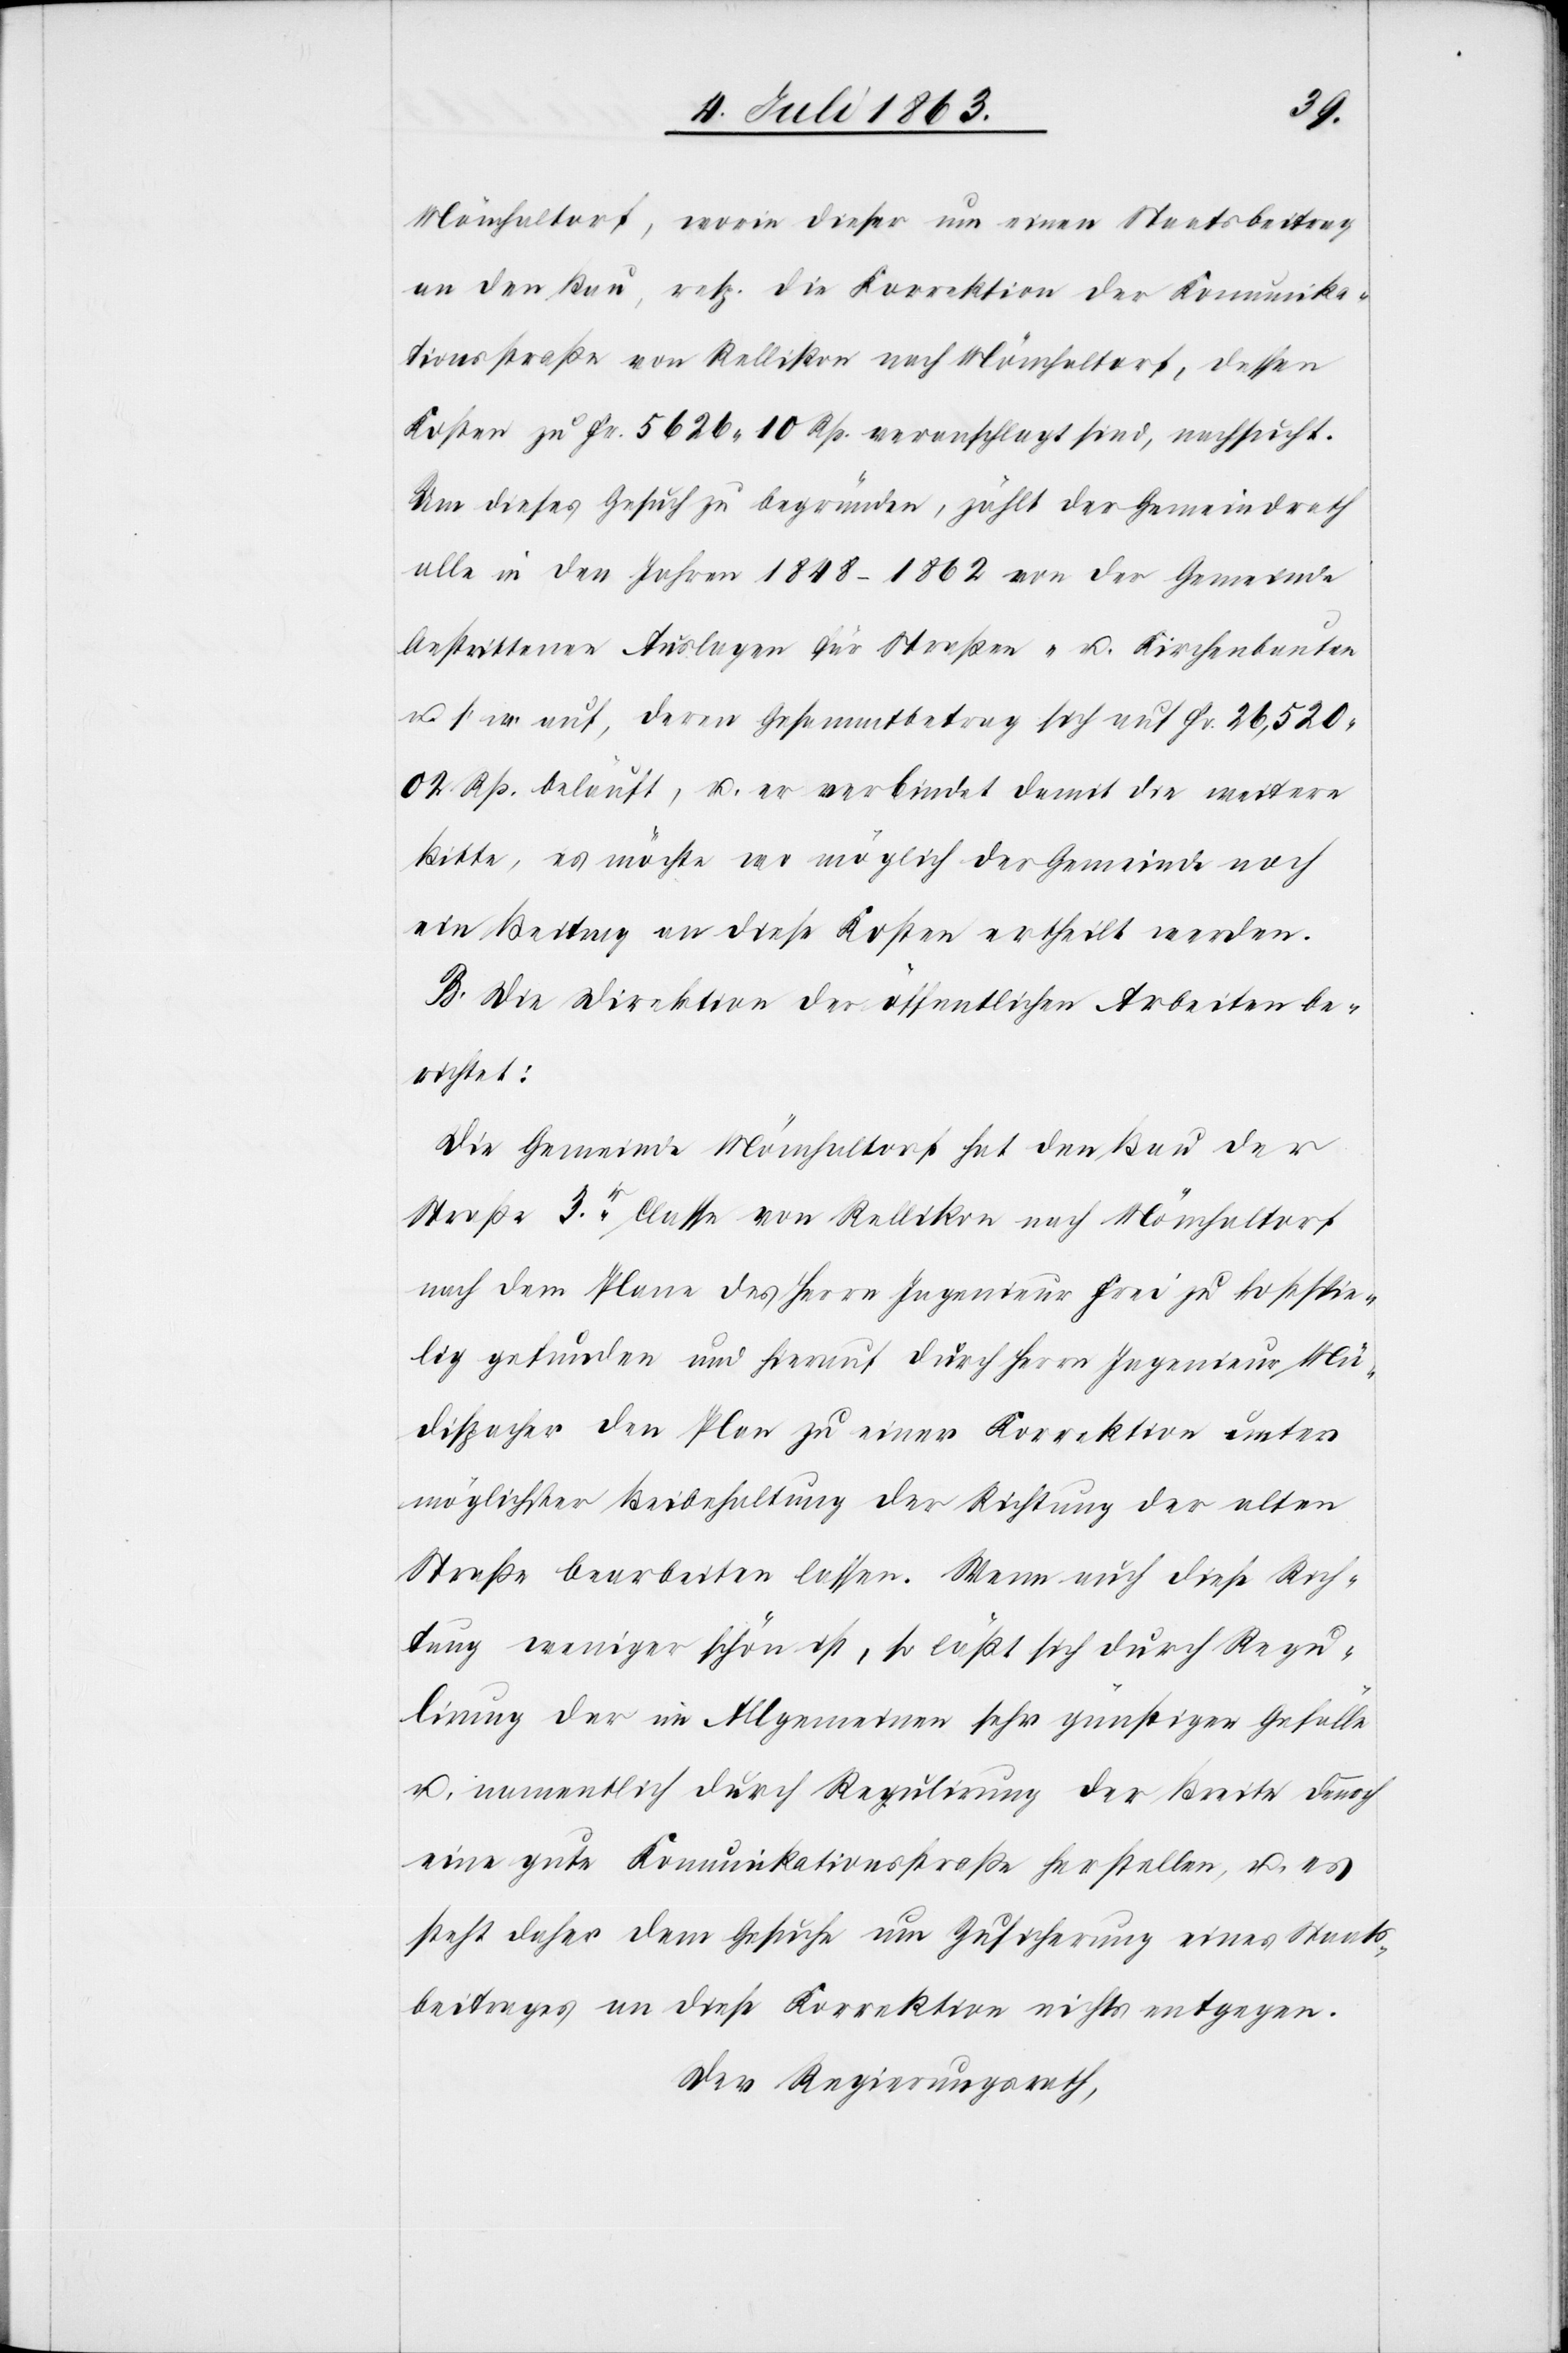
Mönchaltorf, worin dieser um einen Staatsbeitrag
an den Bau, resp. die Korrektion der Komunika¬
tionsstraße von Rellikon nach Mönchaltorf, dessen
Kosten zu Fr. 5626. 10 Rp. veranschlagt sind, nachsucht.
Um dieses Gesuch zu begründen, zählt der Gemeindrath
alle in diesen Jahren 1848–1862 von der Gemeinde
bestrittenen Auslagen für Straßen- u. Kirchenbauten
u. s. w. auf, deren Gesammtbetrag sich auf Fr. 26,520.
02 Rp. beläuft, u. er verbindet damit die weitere
Bitte, es möchte wo möglich der Gemeinde noch
ein Beitrag an diese Kosten ertheilt werden.
B. Die Direktion der öffentlichen Arbeiten be¬
richtet:
Die Gemeinde Mönchaltorf hat den Bau der
Straße 3r. Classe von Rellikon nach Mönchaltorf
nach dem Plane des Herrn Ingenieur Frei zu kostspie¬
lig gefunden und hierauf durch Herrn Ingenieur Mü¬
dispacher den Plan zu einer Korrektion unter
möglichster Beibehaltung der Richtung der alten
Straße bearbeiten lassen. Wenn auch diese Rich¬
tung weniger schön ist, so läßt sich durch Regu¬
lirung der im Allgemeinen sehr günstigen Gefälle
u. namentlich durch Regulirung der Breite dennoch
eine gute Komunikationsstraße herstellen, u. es
steht daher dem Gesuche um Zusicherung eines Staats¬
beitrages an diese Korrektion nichts entgegen.
Der Regierungsrath,